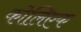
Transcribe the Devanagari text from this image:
कोलिएक